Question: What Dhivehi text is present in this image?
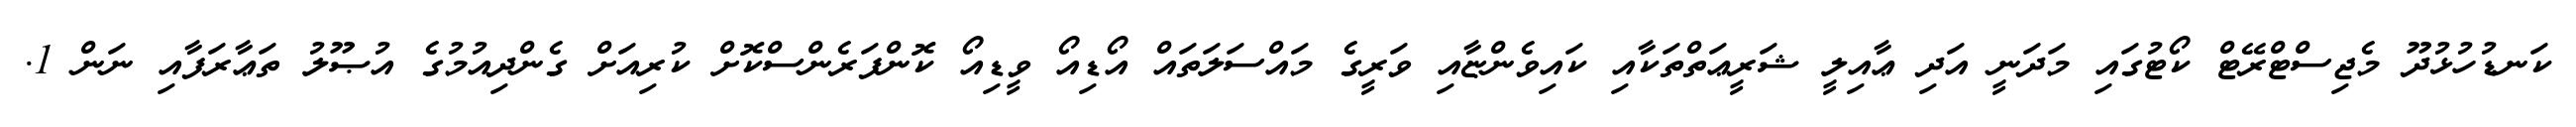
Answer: ކަނޑުހުޅުދޫ މެޖިސްޓްރޭޓް ކޯޓުގައި މަދަނީ އަދި ޢާއިލީ ޝަރީޢަތްތަކާއި ކައިވެންޏާއި ވަރީގެ މައްސަލަތައް އޯޑިއޯ ވީޑިއޯ ކޮންފަރެންސްކޮށް ކުރިއަށް ގެންދިއުމުގެ އުޞޫލު ތަޢާރަފާއި ނަން 1.